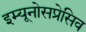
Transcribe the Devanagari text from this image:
इम्यूनोसप्रेसिव